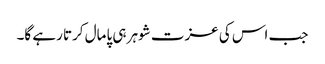
جب اس کی عزت شوہر ہی پامال کرتا رہے گا۔